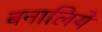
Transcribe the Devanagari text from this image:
बनालिये